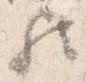
歟